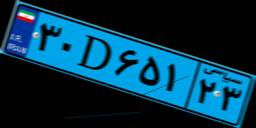
۲۹D۹۶۲۴۷